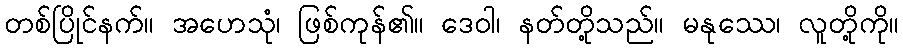
တစ်ပြိုင်နက်။ အဟေသုံ၊ ဖြစ်ကုန်၏။ ဒေဝါ၊ နတ်တို့သည်။ မနုဿေ၊ လူတို့ကို။